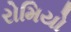
રોમિયો